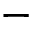
-